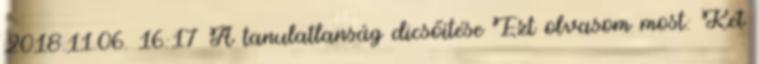
2018.11.06. 16:17 A tanulatlanság dicsőítése Ezt olvasom most: Két